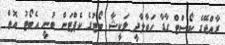
ރާއްޖޭގެ ކޯސްޓް ގާޑާ ހަވާލާދީ ލަކީޝާ ބޯޓުގެ ކެޕްޓަން ބުނީ އެބޯޓު އޮތް